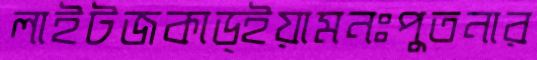
লাইটজকাড্ইয়ামনঃপুতনার